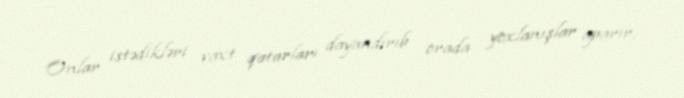
Onlar istədikləri vaxt qatarları dayandırıb orada yoxlanışlar aparır,